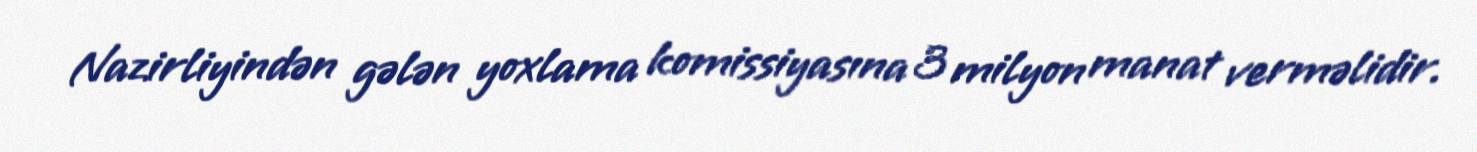
Nazirliyindən gələn yoxlama komissiyasına 3 milyon manat verməlidir.